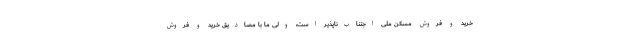
خرید و فروش مسکن ملی اجتناب‌ناپذیر است، ولی ما با مصادیق خرید و فروش